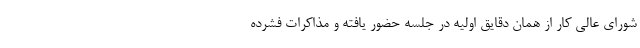
شورای عالی کار از همان دقایق اولیه در جلسه حضور یافته و مذاکرات فشرده